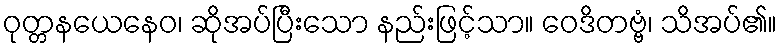
ဝုတ္တနယေနေဝ၊ ဆိုအပ်ပြီးသော နည်းဖြင့်သာ။ ဝေဒိတဗ္ဗံ၊ သိအပ်၏။